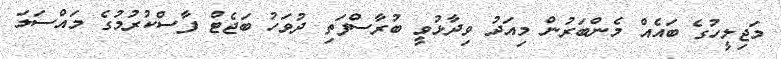
މަޖިލީހުގެ ބައެއް މެންބަރުން މިއަދު ވިދާޅުވީ ބުރާސްފަތި ދުވަހު ބަޖެޓް ފާސްކުރުމުގެ މައްސަލަ